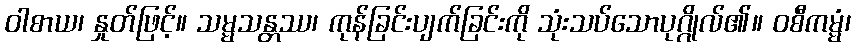
ဝါစာယ၊ နှုတ်ဖြင့်။ သမ္မသန္တဿ၊ ကုန်ခြင်းပျက်ခြင်းကို သုံးသပ်သောပုဂ္ဂိုလ်၏။ ဝစီကမ္မံ၊